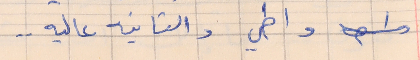
واطي والتانيه عاليه . .